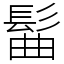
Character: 髷